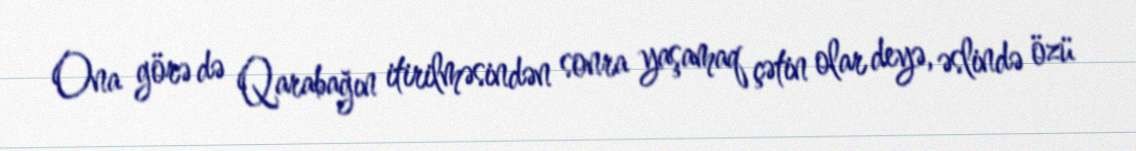
Ona görə də Qarabağın itirilməsindən sonra yaşamaq çətin olar deyə, əslində özü